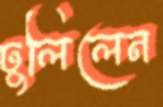
ঢুলিলেন